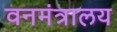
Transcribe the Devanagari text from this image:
वनमंत्रालय